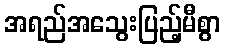
အရည်အသွေးပြည့်မီစွာ